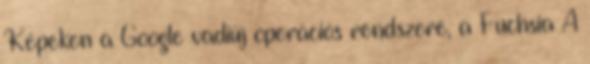
Képeken a Google vadiúj operációs rendszere, a Fuchsia A